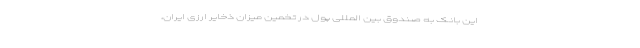
این بانک به صندوق بین المللی پول در تخمین میزان ذخایر ارزی ایران،